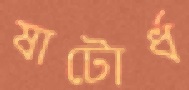
ষাটোর্ধ